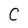
Character: C